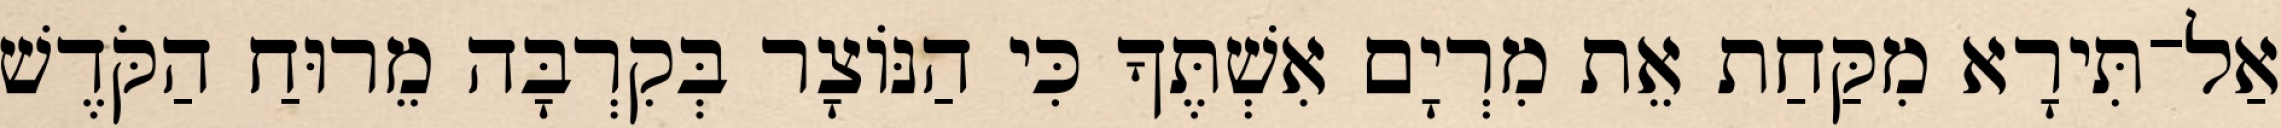
אַל־תִּירָא מִקַּחַת אֵת מִרְיָם אִשְׁתֶּךָ כִּי הַנּוֹצָר בְּקִרְבָּה מֵרוּחַ הַקֹּדֶשׁ